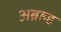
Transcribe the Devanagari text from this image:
अब्रहह